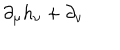
\partial _ { \mu } h _ { \nu } + \partial _ { \nu }